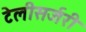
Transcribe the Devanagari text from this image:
टेलीसर्जरी